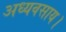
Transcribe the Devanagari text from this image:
अध्यवसाय।